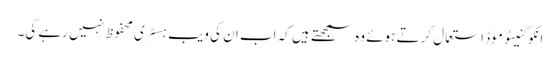
انکوگنیٹو موڈ استعمال کرتے ہوئے وہ سمجھتے ہیں کہ اب ان کی ویب ہسٹری محفوظ نہیں رہے گی۔